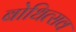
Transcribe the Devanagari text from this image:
बोधित्सव